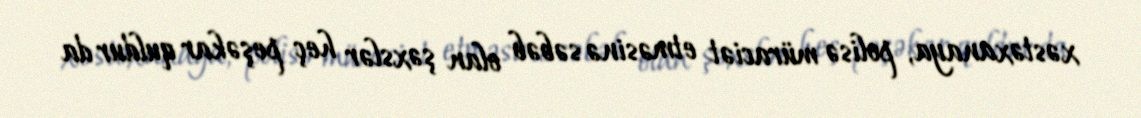
xəstəxanaya, polisə müraciət etməsinə səbəb olan şəxslər heç peşəkar quldur da